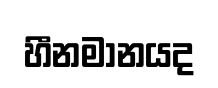
හීනමානයද